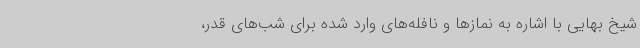
شیخ بهایی با اشاره به نمازها و نافله‌های وارد شده برای شب‌های قدر،